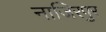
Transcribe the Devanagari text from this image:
नाजिरपुर